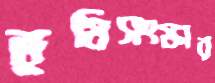
ভূমিসংস্কার